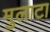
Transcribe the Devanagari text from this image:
मुलाटा